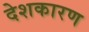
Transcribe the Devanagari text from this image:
देशकारण